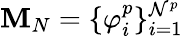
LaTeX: \mathbf{M}_{N}=\{ \varphi_{i}^{p}\} _{i=1}^{\mathcal{{N}}^{p}}